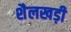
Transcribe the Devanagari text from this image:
शैलखड़ी